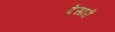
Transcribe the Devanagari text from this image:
देसारी